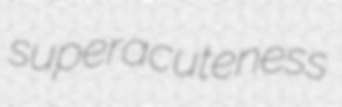
superacuteness